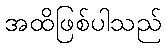
အထိဖြစ်ပါသည်